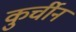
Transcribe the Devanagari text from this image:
कुर्चीन